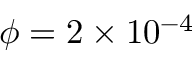
\phi = 2 \times 1 0 ^ { - 4 }